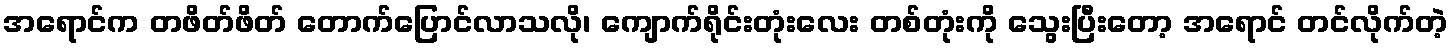
အရောင်က တဖိတ်ဖိတ် တောက်ပြောင်လာသလို၊ ကျောက်ရိုင်းတုံးလေး တစ်တုံးကို သွေးပြီးတော့ အရောင် တင်လိုက်တဲ့